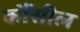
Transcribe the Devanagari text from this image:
कौंसील